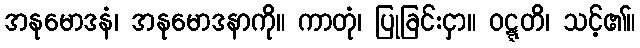
အနုမောဒနံ၊ အနုမောဒနာကို။ ကာတုံ၊ ပြုခြင်းငှာ။ ဝဋ္ဋတိ၊ သင့်၏။